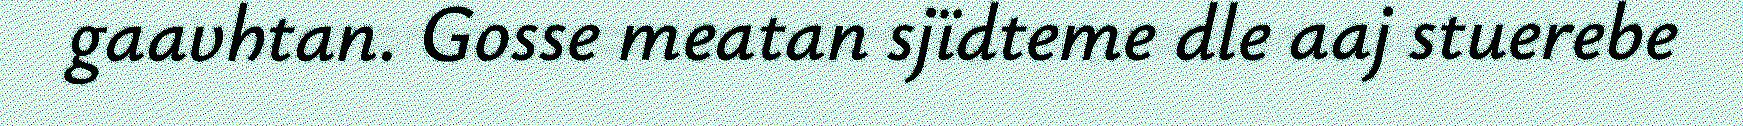
gaavhtan. Gosse meatan sjïdteme dle aaj stuerebe